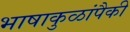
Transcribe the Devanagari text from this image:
भाषाकुळांपैकी